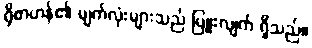
ရိုစာဟန်၏ မျက်လုံးများသည် ပြူးလျက် ရှိသည်။